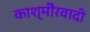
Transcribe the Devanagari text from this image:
काश्‍मीेरवादी